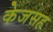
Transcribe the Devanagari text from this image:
केजसह